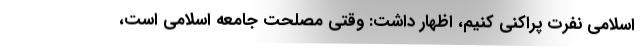
اسلامی نفرت پراکنی کنیم، اظهار داشت: وقتی مصلحت جامعه اسلامی است،